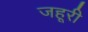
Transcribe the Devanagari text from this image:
जहूरी